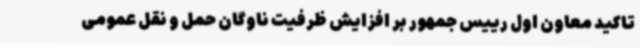
تاکید معاون اول رییس جمهور بر افزایش ظرفیت ناوگان حمل و نقل عمومی